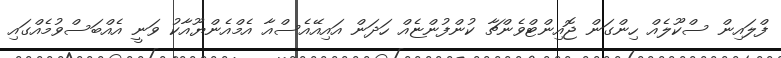
ފްލައިން ސްކޫލެއް ހިންގަން ޖޮއިންޓްވެންޗާ ކުންފުންޏެއް ހަދަން އައިއޭއެސްއާ އެމްއެންޔޫއާކު ވަނީ އެއްބަސްވުމެއްގައި